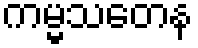
ကမ္မသတေန